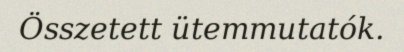
Összetett ütemmutatók.